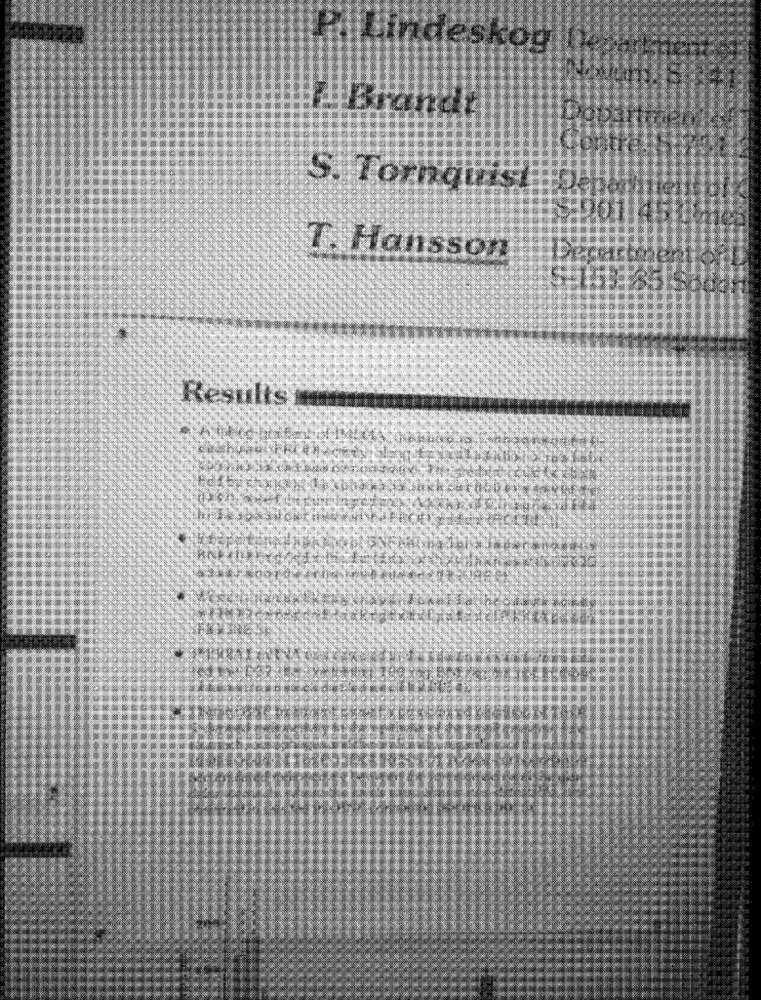
“Lindeskog
Brandal
S. Tornqui
T. Hansson
Results